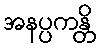
အနပ္ပကန္တိ